Leaving Certificate Examination (including Day School Certificate (Higher) General paper), 1931
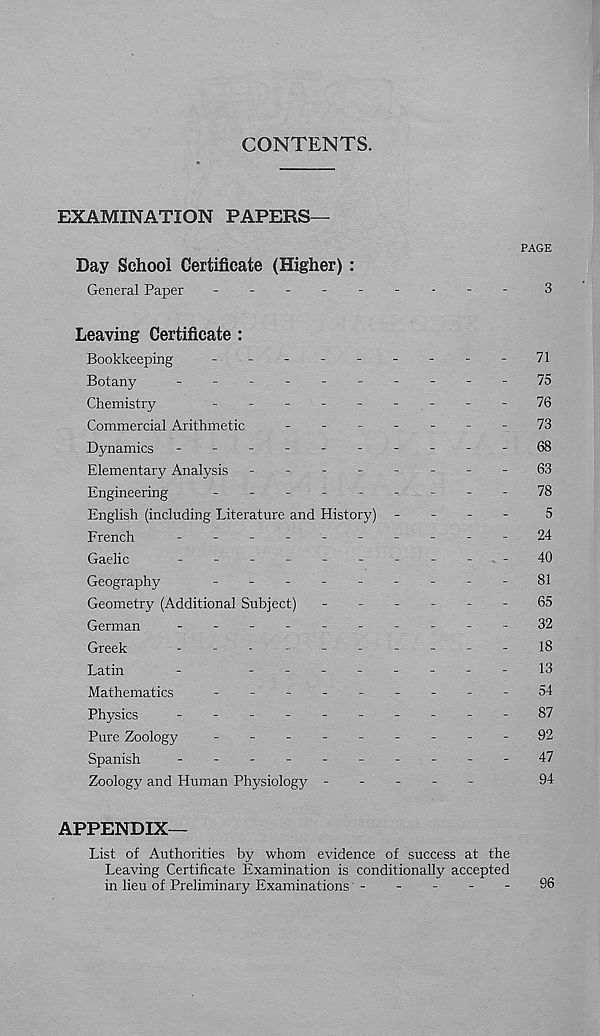
CONTENTS.
EXAMINATION PAPERS
PAGE
Day School Certificate (Higher) :
General Paper
-
--
--
--
--
3
Leaving Certificate :
Bookkeeping
-
--
--
--
--
71
Botany
~
75
Chemistry
---------
76
Commercial Arithmetic
-------
73
Dynamics -
--
--
--
--
-68
Elementary Analysis -
--
--
--
-63
Engineering
---------
78
English (including Literature and History) -
-
-
-
5
French
-
24
Gaelic
----------
40
Geography
---------
81
Geometry (Additional Subject) ------
65
German
-
--
--
--
--
-
32
Greek
-
.
.
-------
18
Latin
-
--------
13
Mathematics
-
--
--
--
--54
Physics
-
--
--
--
--
-
87
Pure Zoology
-
--
--
--
--92
Spanish
-
--
--
--
--
-47
Zoology and Human Physiology -----
94
APPENDIX
List of Authorities by whom evidence of success at the
Leaving Certificate Examination is conditionally accepted
in lieu of Preliminary Examinations -
-
-
-
-
93